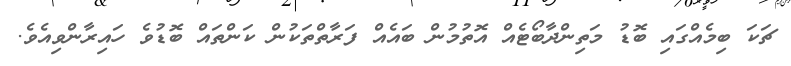
ޗަކަ ބިމެއްގައި ބޮޑު މަތިންދާބޯޓެއް އޮތުމުން ބައެއް ފަރާތްތަކުން ކަންތައް ބޮޑުވެ ހައިރާންވިއެވެ.